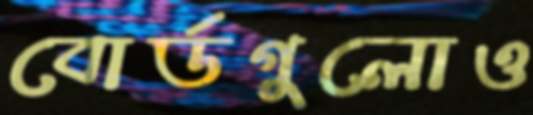
বোর্ডগুলোও